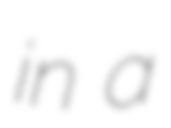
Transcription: in a